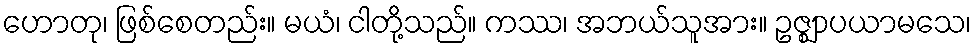
ဟောတု၊ ဖြစ်စေတည်း။ မယံ၊ ငါတို့သည်။ ကဿ၊ အဘယ်သူအား။ ဥဇ္ဈာပယာမသေ၊